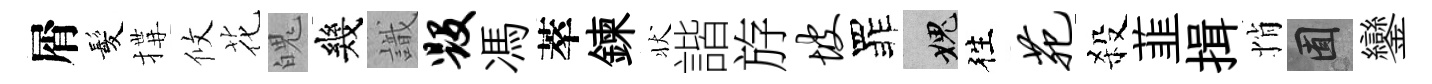
屑髪搆攸花魄幾識毁馮萃鍊状諧斿坡罪愧徃苑殺韮揖悄囿鑾